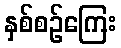
နှစ်စဉ်ကြေး